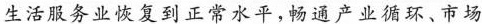
生活服务业恢复到正常水平，畅通产业循环、市场